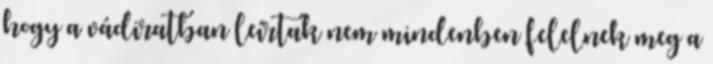
hogy a vádiratban leírtak nem mindenben felelnek meg a